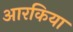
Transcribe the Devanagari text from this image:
आरकिया